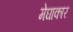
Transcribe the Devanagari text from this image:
मेघाकार